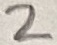
Text: 2